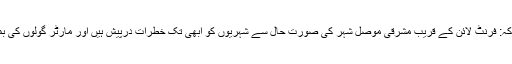
اقوام متحدہ کے انسانی امور کے رابطہ دفتر نے کہا کہ: فرنٹ لائن کے قریب مشرقی موصل شہر کی صورت حال سے شہریوں کو ابھی تک خطرات درپیش ہیں اور مارٹر گولوں کی بمباری اور فائرنگ سے ابھی تک جانیں جا رہی ہیں”۔